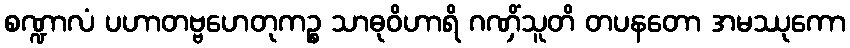
စဏ္ဍာလံ ပဟာတဗ္ဗဟေတုကဉ္စ သာဓုဝိဟာရိ ဂဏှိံသူတိ တပနတော အမဿုကော